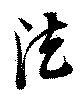
法